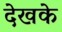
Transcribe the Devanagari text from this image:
देखके